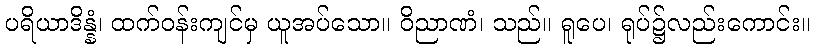
ပရိယာဒိန္နံ၊ ထက်ဝန်းကျင်မှ ယူအပ်သော။ ဝိညာဏံ၊ သည်။ ရူပေ၊ ရုပ်၌လည်းကောင်း။